system: You are a helpful assistant.
user:
Analyze the provided spectrum to determine if it is a **White Dwarf (WD)**.

A White Dwarf spectrum is defined by its **extreme purity** (due to gravitational settling) and/or **extreme pressure broadening** (due to high surface gravity). You must check for one of the following mutually exclusive signatures:

- **Key Visual Indicators (Check for ONE of these types):**

    - **1. DA-Type Signature (Most Common):**
        - **(Primary Feature):** Extreme pressure broadening (Stark broadening) of the **Hydrogen (H) Balmer lines**.
        - **(Key Lines):** $H\beta$ (approx. $4861$ Å) and $H\gamma$ (approx. $4340$ Å). $H\alpha$ (approx. $6563$ Å) will also be present if the wavelength range covers it.
        - **(Line Profile):** This is the **defining feature**. The lines are **NOT** sharp. They appear as massive, **extremely broad and deep "troughs" or "dips"** in the spectrum, often hundreds of Ångströms wide. The continuum will appear to "scoop" down at these wavelengths.
        - **(Distinction):** Normal A-type or B-type stars have *narrow* and *sharp* Hydrogen lines. A DA White Dwarf's lines are unmistakably "smeared" or "blurry" from pressure.

    - **2. DB-Type Signature:**
        - **(Primary Feature):** Broad absorption lines from **Neutral Helium (He I)**. The spectrum must lack any visible Hydrogen lines.
        - **(Key Lines):** Look for broad absorption near $4471$ Å, $4921$ Å, and $5876$ Å.
        - **(Line Profile):** These lines are also significantly pressure-broadened, appearing much wider than they would in a normal B-type main-sequence star.

    - **3. DC-Type Signature:**
        - **(Primary Feature):** A **featureless continuous spectrum**.
        - **(Line Profile):** The spectrum is a smooth curve with **no significant absorption or emission lines**.
        - **(Key Confirmation):** The continuum is almost always **blue or white**, indicating a hot object. This signature implies the atmosphere is so pure (or so cool) that no spectral lines are visible in the optical range. Its WD identity is confirmed by its extremely low intrinsic brightness (high absolute magnitude).

    - **4. DZ-Type Signature (Metal-Polluted):**
        - **(Primary Feature):** **Isolated, narrow metal absorption lines** on an otherwise featureless (DC-like) continuum.
        - **(Key Lines):** The **Calcium (Ca II) H & K doublet** (approx. **$3934$ Å** and **$3968$ Å**) is the most common and defining feature.
        - **(Line Profile):** These lines are "out of place." They are *not* part of a "forest" of thousands of lines. This signature is evidence of recent *accretion* (pollution) from rocky debris.
        - **(Distinction):** Normal G/K/M stars have a *dense forest* of thousands of metal lines. A DZ has a *clean* continuum with *only a few* strong metal lines.

    - **5. DQ-Type Signature (Carbon-Polluted):**
        - **(Primary Feature):** Absorption bands from **Carbon (C₂ "Swan Bands" or atomic C I)**.
        - **(Key Lines - C₂):** Look for bandheads with a "saw-tooth" shape near $5635$ Å, **$5165$ Å** (strongest), and $4737$ Å.
        - **(Key Confirmation):** The underlying **continuum must be blue or white** (hot).
        - **(Distinction):** This is the critical difference from a **Carbon Star**, which has the *exact same* C₂ bands but on an extremely **red, cool** continuum.

- **(Overall Spectrum):**
    - The continuum (overall shape) is typically **blue-sloping** (brighter in the blue than the red), as most white dwarfs are very hot.
    - The spectrum will look "pure" or "simple," dominated by only *one* of the five signatures listed above.

Think first, call **spectral_visualization_tool** if needed to examine features in detail, then provide your final answer. Your response must adhere to the following strict rules:
1.  **Overall Structure:** Your response must follow the format `<think>...</think> <tool_call>...</tool_call> (if a tool is used) <answer>...</answer>`.
2.  **Tool Usage Constraint:** You may only make **one** tool call per turn.
3.  **Final Answer Format:** In the `<answer>` tag, your conclusion must be inside a `\boxed{}` command (e.g., `\boxed{YES}` or `\boxed{NO}`), followed by your justification.

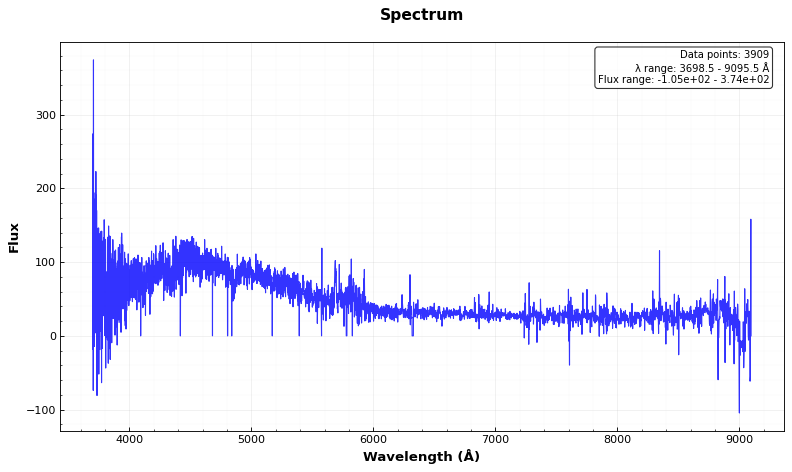
Answer: YES